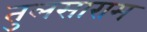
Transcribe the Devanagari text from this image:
तुलसाराम